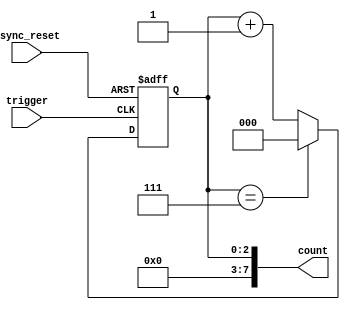
module mod_n_counter #(
    parameter N = 8  // Set the maximum count value (modulus)
)(
    input wire trigger,       // External trigger to increment the counter
    input wire async_reset,   // Asynchronous reset signal
    output reg [N-1:0] count  // Current count value
);

    // Calculate the number of bits needed for the counter
    localparam WIDTH = $clog2(N);

    // Counter state
    reg [WIDTH-1:0] state;

    // Asynchronous reset and trigger handling
    always @(posedge trigger or posedge async_reset) begin
        if (async_reset) begin
            state <= 0;  // Reset the counter to 0
        end else begin
            if (state == (N - 1)) begin
                state <= 0;  // Wrap around to 0 when reaching N-1
            end else begin
                state <= state + 1;  // Increment the counter
            end
        end
    end
    
    // Assign the current count output
    always @(state) begin
        count <= state;  // Output the current state
    end

endmodule